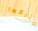
يتركها